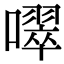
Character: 噿